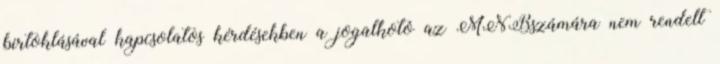
birtoklásával kapcsolatos kérdésekben a jogalkotó az MNBszámára nem rendelt